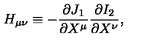
H _ { \mu \nu } \equiv - \frac { \partial J _ { 1 } } { \partial X ^ { \mu } } \frac { \partial I _ { 2 } } { \partial X ^ { \nu } } ,